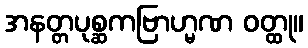
အနတ္တပုစ္ဆကဗြာဟ္မဏ ဝတ္ထု။